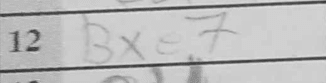
Transcription: Bxe7